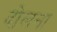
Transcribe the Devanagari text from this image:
दोलना